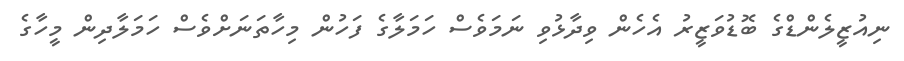
ނިއުޒީލެންޑްގެ ބޮޑުވަޒީރު އެހެން ވިދާޅުވި ނަމަވެސް ހަމަލާގެ ފަހުން މިހާތަނަށްވެސް ހަމަލާދިން މީހާގެ